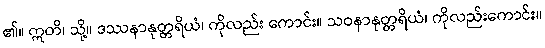
၏။ ဣတိ၊ သို့။ ဒဿနာနုတ္တရိယံ၊ ကိုလည်း ကောင်း။ သဝနာနုတ္တရိယံ၊ ကိုလည်းကောင်း။